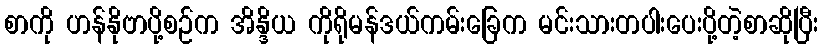
စာကို ဟန်နိုဗာပို့စဉ်က အိန္ဒိယ ကိုရိုမန်ဒယ်ကမ်းခြေက မင်းသားတပါးပေးပို့တဲ့စာဆိုပြီး